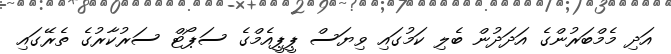
އަދި މެމްބަރުންގެ އަދަދުން ބެލި ކަމުގައި ވިޔަސް ޕީޕީއެމްގެ ސަޕޯޓް ސަރުކާރުގެ ތެރޭގައި